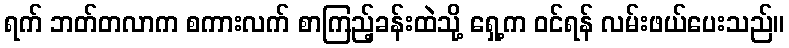
ရက် ဘတ်တလာက စကားလက် စာကြည့်ခန်းထဲသို့ ရှေ့က ဝင်ရန် လမ်းဖယ်ပေးသည်။